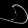
Digit: ၁